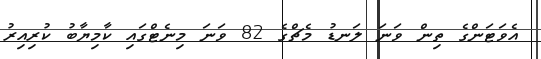
އެވަޓަންގެ ތިން ވަނަ ލަނޑު މެޗްގެ 82 ވަނަ މިނެޓްގައި ކާމިޔާބު ކުރިއިރު